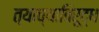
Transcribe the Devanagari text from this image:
त्याच्याविरूद्ध